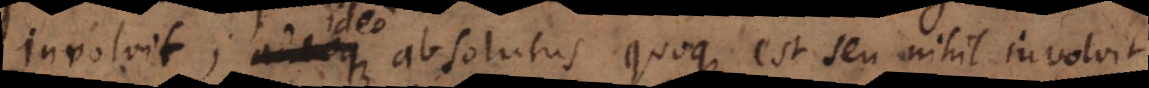
involvit, adeoque absolutus quoque est seu nihil involvit